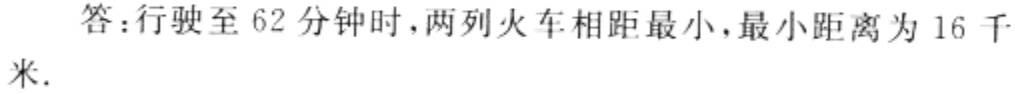
答：行驶至 62 分钟时，两列火车相距最小，最小距离为 16 千米.